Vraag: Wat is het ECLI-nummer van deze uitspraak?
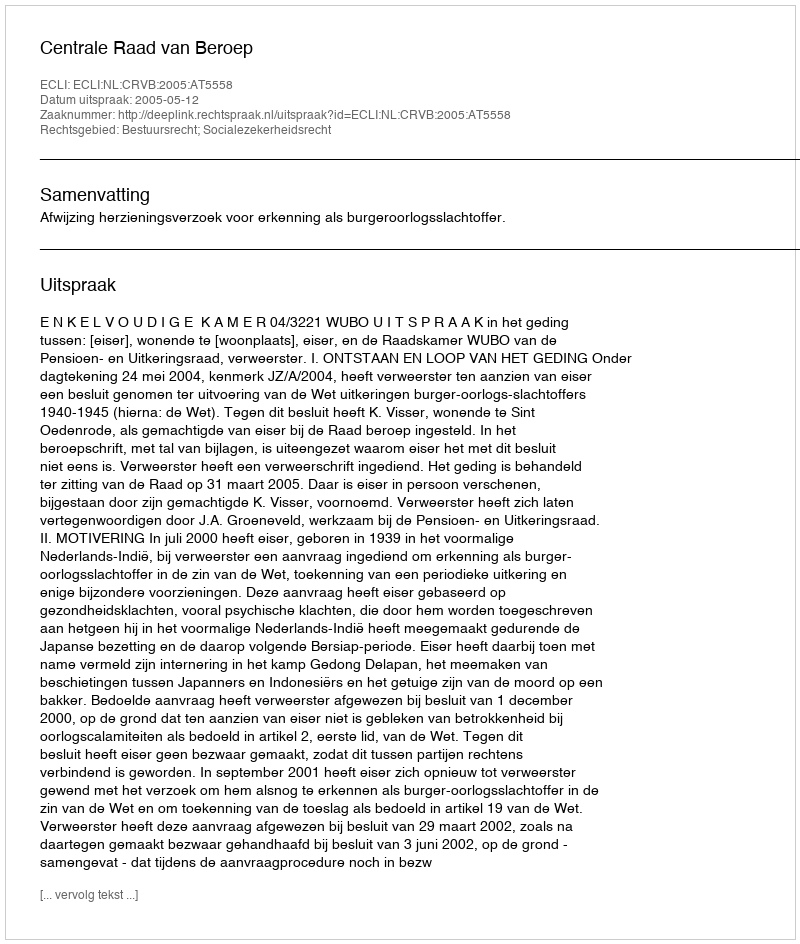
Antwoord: ECLI:NL:CRVB:2005:AT5558